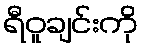
ရီဝူချင်းကို